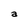
Character: a